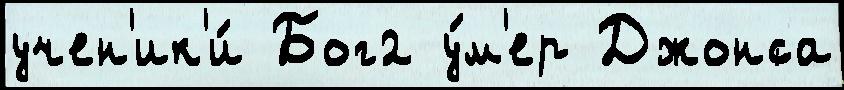
учен'ик'и́ Бог2 у́м'ер Джонса